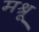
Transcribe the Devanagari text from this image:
मश्रू